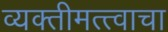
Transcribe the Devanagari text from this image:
व्यक्तीमत्त्वाचा